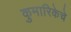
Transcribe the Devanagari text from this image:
कुमारिकेचे